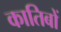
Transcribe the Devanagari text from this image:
कातिबों